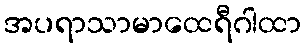
အပရာသာမာထေရီဂါထာ